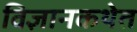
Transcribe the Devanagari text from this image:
विज्ञानकथेत